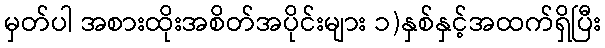
မှတ်ပါ အစားထိုးအစိတ်အပိုင်းများ ၁)နှစ်နှင့်အထက်ရှိပြီး